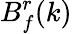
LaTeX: B_{f}^{r}(k)